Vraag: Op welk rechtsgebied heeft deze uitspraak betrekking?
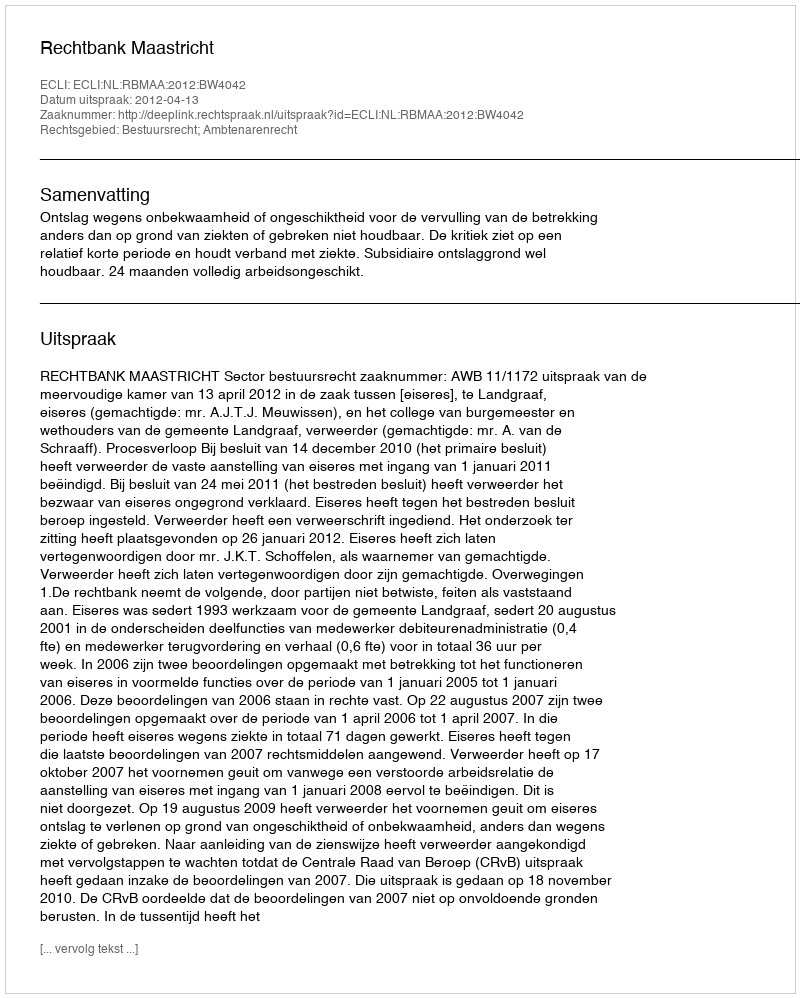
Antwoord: Bestuursrecht; Ambtenarenrecht